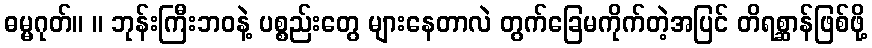
ဓမ္မဂုတ်။ ။ ဘုန်းကြီးဘဝနဲ့ ပစ္စည်းတွေ များနေတာလဲ တွက်ခြေမကိုက်တဲ့အပြင် တိရစ္ဆာန်ဖြစ်ဖို့